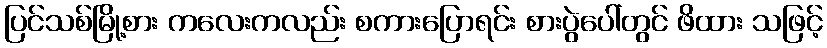
ပြင်သစ်မြို့စား ကလေးကလည်း စကားပြောရင်း စားပွဲပေါ်တွင် ဖိထား သဖြင့်